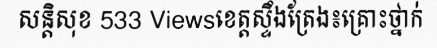
សន្តិសុខ 533 Viewsខេត្តស្ទឹងត្រែង៖គ្រោះថ្នាក់